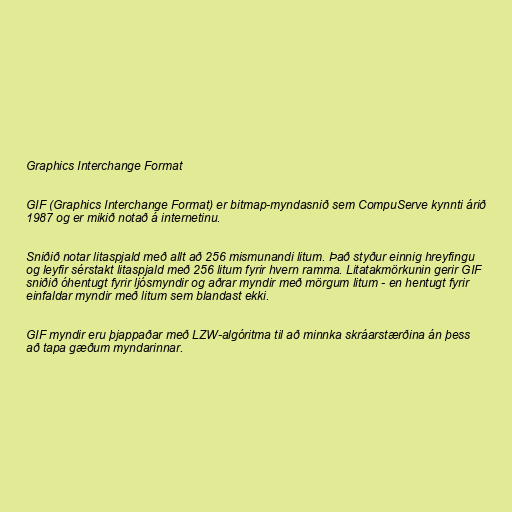
Graphics Interchange Format

GIF (Graphics Interchange Format) er bitmap-myndasnið sem CompuServe kynnti árið
1987 og er mikið notað á internetinu.

Sniðið notar litaspjald með allt að 256 mismunandi litum. Það styður einnig hreyfingu
og leyfir sérstakt litaspjald með 256 litum fyrir hvern ramma. Litatakmörkunin gerir GIF
sniðið óhentugt fyrir ljósmyndir og aðrar myndir með mörgum litum - en hentugt fyrir
einfaldar myndir með litum sem blandast ekki.

GIF myndir eru þjappaðar með LZW-algóritma til að minnka skráarstærðina án þess
að tapa gæðum myndarinnar.